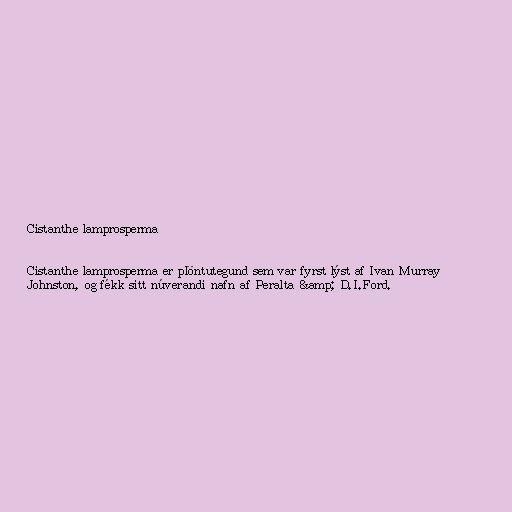
Cistanthe lamprosperma

Cistanthe lamprosperma er plöntutegund sem var fyrst lýst af Ivan Murray
Johnston, og fékk sitt núverandi nafn af Peralta &amp; D.I.Ford.